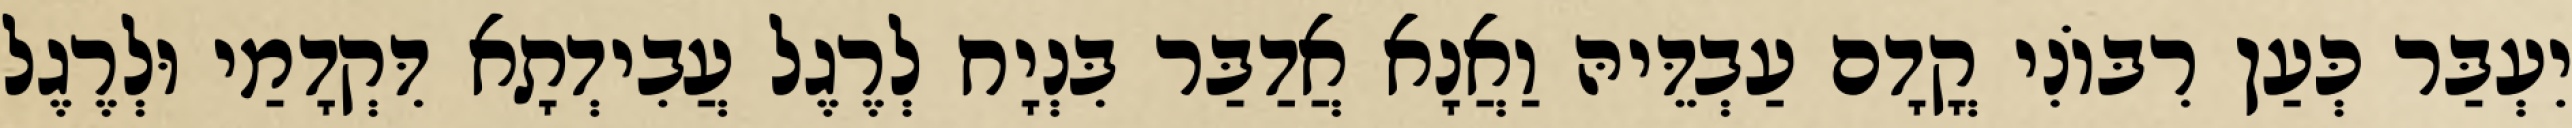
יִעְבַּר כְּעַן רִבּוֹנִי קֳדָם עַבְדֵּיהּ וַאֲנָא אֲדַבַּר בִּנְיָח לְרֶגֶל עֲבִידְתָא דִּקְדָמַי וּלְרֶגֶל